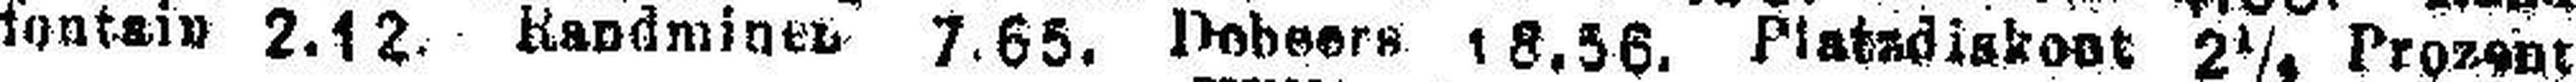
fontain 2.12. Kandminen 7.65. Dobeers 18.56. Platsdiskoot 2¼. Prozent.